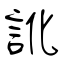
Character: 訛